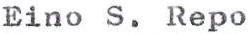
Eino S. Repo